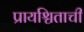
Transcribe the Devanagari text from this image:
प्रायश्चिताची